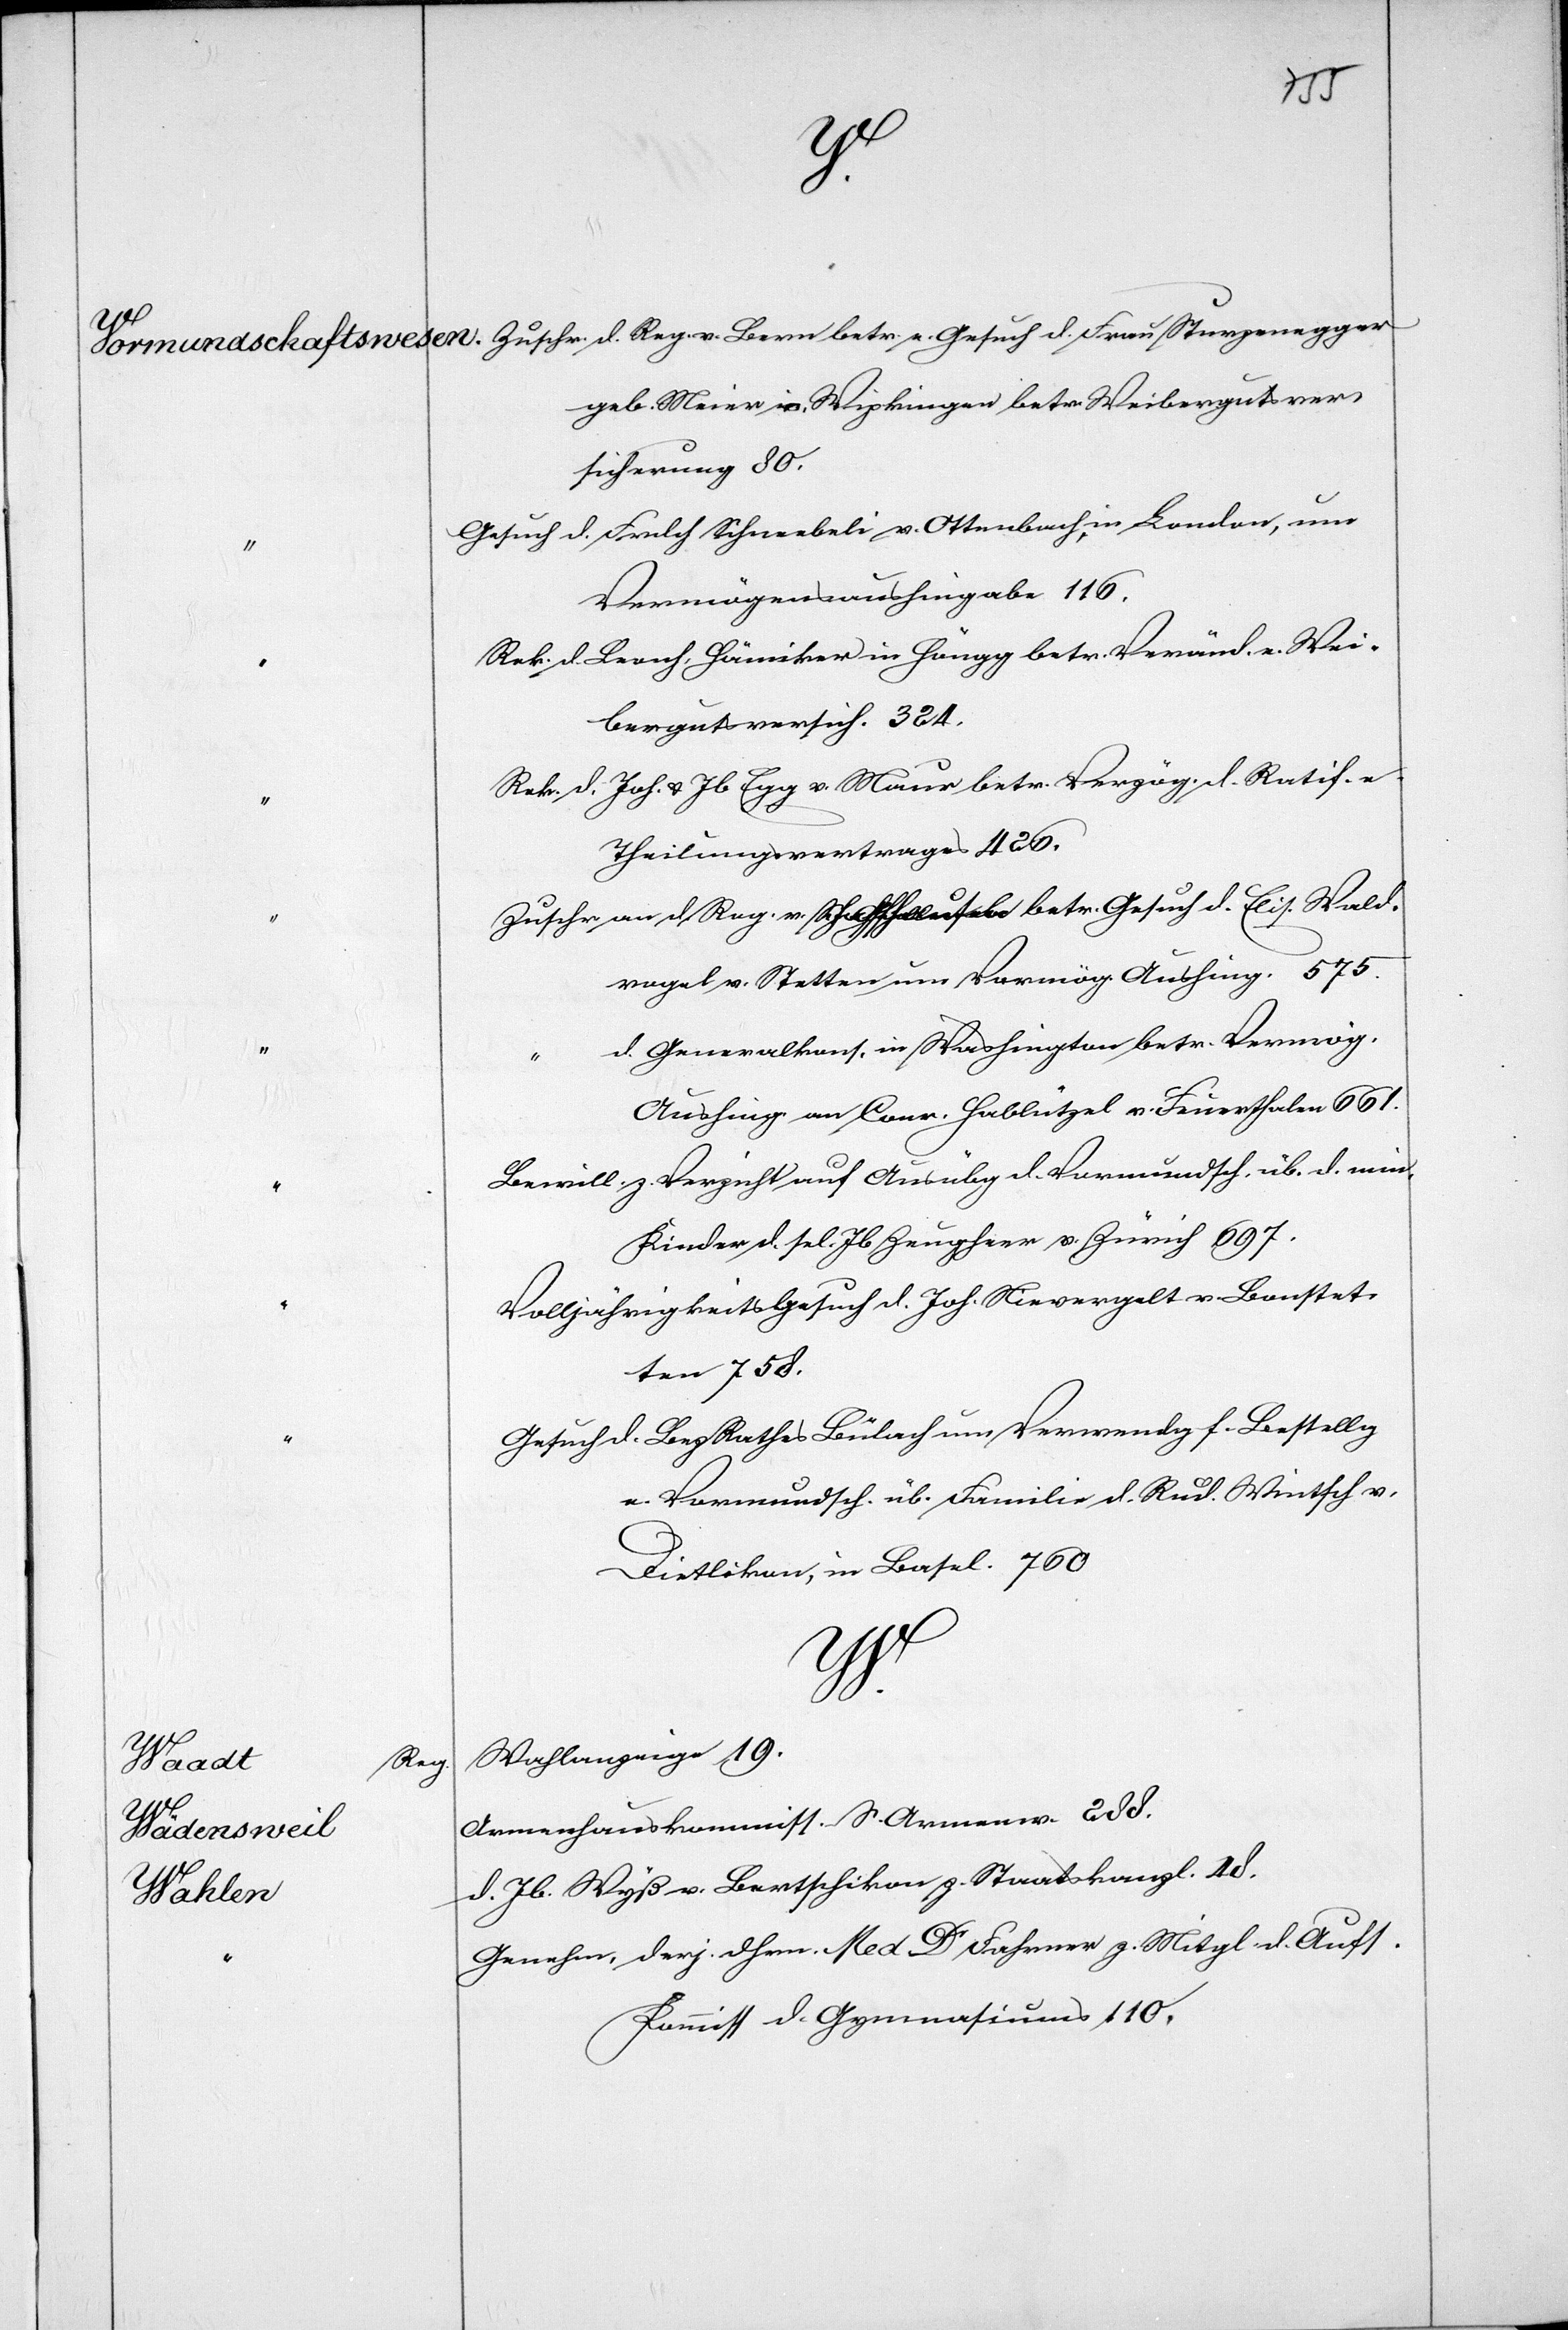
30.
gegen
Schweiz.
sich
Reg¬
eines
übermittelt